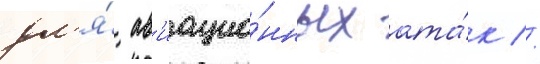
дл'я́ ав'иацио́нных ата́к //